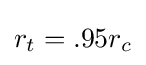
r_{t}=.95r_{c}